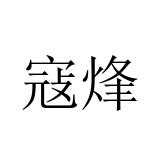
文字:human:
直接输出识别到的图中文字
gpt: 寇烽